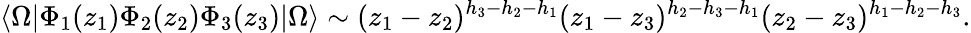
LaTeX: \langle\Omega|\Phi_{1}(z_{1})\Phi_{2}(z_{2})\Phi_{3}(z_{3})|\Omega\rangle\sim(z_{1}-z_{2})^{h_{3}-h_{2}-h_{1}}(z_{1}-z_{3})^{h_{2}-h_{3}-h_{1}}(z_{2}-z_{3})^{h_{1}-h_{2}-h_{3}}.